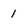
Character: 1